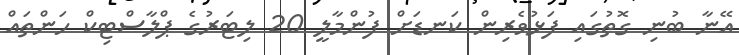
އޭނާ ބުނި ގޮތުގައި ފަޅުވެރިން ކަނޑަށް ފުންމާލީ 20 ލިޓަރުގެ ޕްލާސްޓިކް ހަންތައް